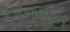
છાનબીન